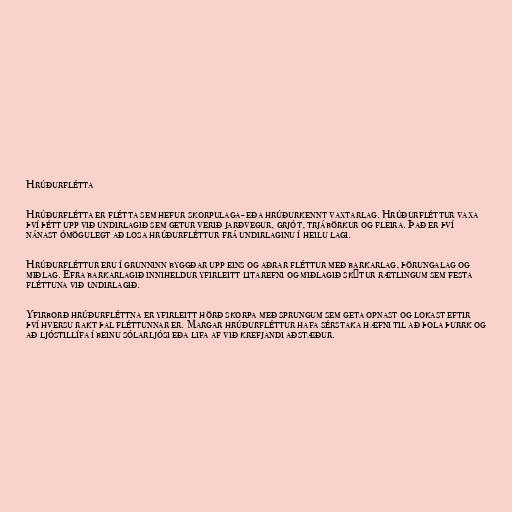
Hrúðurflétta

Hrúðurflétta er flétta sem hefur skorpulaga- eða hrúðurkennt vaxtarlag. Hrúðurfléttur vaxa
því þétt upp við undirlagið sem getur verið jarðvegur, grjót, trjábörkur og fleira. Það er því
nánast ómögulegt að losa hrúðurfléttur frá undirlaginu í heilu lagi.

Hrúðurfléttur eru í grunninn byggðar upp eins og aðrar fléttur með barkarlag, þörungalag og
miðlag. Efra barkarlagið inniheldur yfirleitt litarefni og miðlagið skýtur rætlingum sem festa
fléttuna við undirlagið.

Yfirborð hrúðurfléttna er yfirleitt hörð skorpa með sprungum sem geta opnast og lokast eftir
því hversu rakt þal fléttunnar er. Margar hrúðurfléttur hafa sérstaka hæfni til að þola þurrk og
að ljóstillífa í beinu sólarljósi eða lifa af við krefjandi aðstæður.